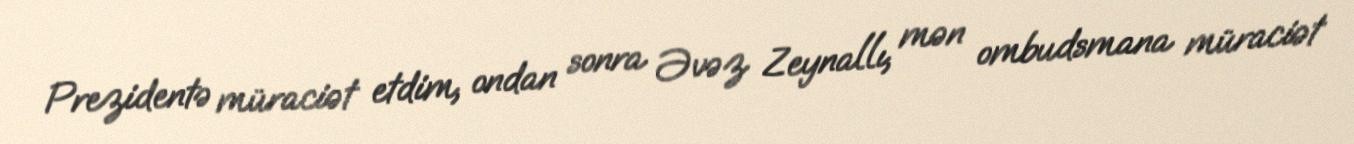
Prezidentə müraciət etdim, ondan sonra Əvəz Zeynallı, mən ombudsmana müraciət